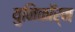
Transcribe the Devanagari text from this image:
युनिकॉर्न